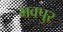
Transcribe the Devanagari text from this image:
भवपुर